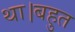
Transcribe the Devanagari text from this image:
था।बहुत